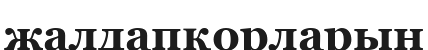
жалдапқорларын